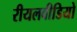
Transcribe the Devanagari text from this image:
रीयलवीडियो